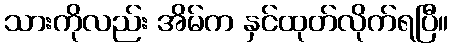
သားကိုလည်း အိမ်က နှင်ထုတ်လိုက်ရပြီ။